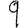
Digit: 9